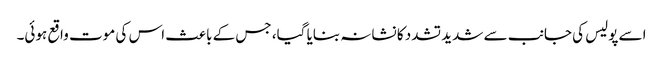
اسے پولیس کی جانب سے شدید تشدد کا نشانہ بنایا گیا، جس کے باعث اس کی موت واقع ہوئی۔